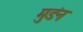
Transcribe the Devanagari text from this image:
मुडंन